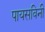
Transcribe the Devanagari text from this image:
पायसविनी